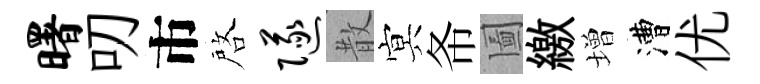
曙叨市啓隧散㝠𢁙圗繳増漕优